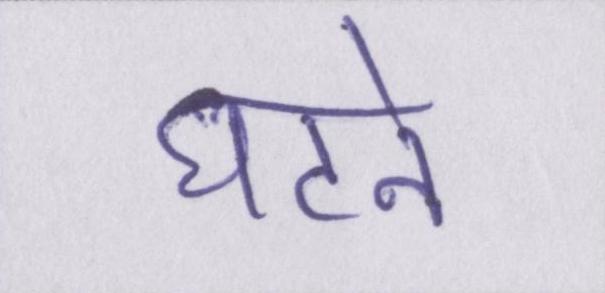
घटने